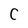
Character: C